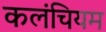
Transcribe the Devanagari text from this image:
कलंचियम